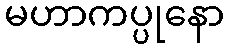
မဟာကပ္ပုနော